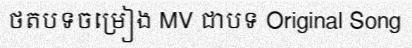
ថតបទចម្រៀង MV ជាបទ Original Song